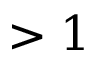
> 1